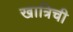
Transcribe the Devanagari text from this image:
खात्रिची